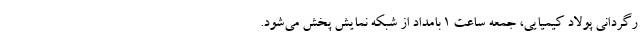
رگردانی پولاد کیمیایی، جمعه ساعت ۱ بامداد از شبکه نمایش پخش می‌شود.